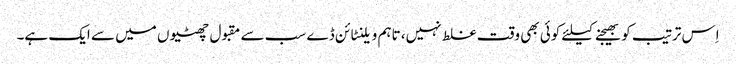
اِس ترتیب کو بھیجنے کیلئے کوئی بھی وقت غلط نہیں، تاہم ویلنٹائن ڈے سب سے مقبول چھٹیوں میں سے ایک ہے۔